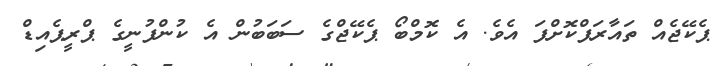
ޕެކޭޖެއް ތައާރަފްކޮށްފަ އެވެ. އެ ކޮމްބޯ ޕެކޭޖްގެ ސަބަބުން އެ ކުންފުނީގެ ޕްރީޕެއިޑް